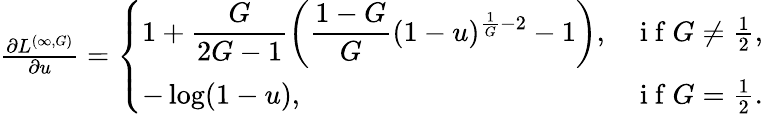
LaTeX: \begin{array}{r}{\frac{\partial L^{(\infty,G)}}{\partial u}=\left\{ \begin{array}{ll}{\displaystyle 1+\frac{G}{2G-1}\left(\frac{1-G}{G}(1-u)^{\frac{1}{G}-2}-1\right),}&{\mathrm{~i~f~}G\neq\frac{1}{2},}\\ {\displaystyle-\log(1-u),}&{\mathrm{~i~f~}G=\frac{1}{2}.}\end{array}\right.}\end{array}